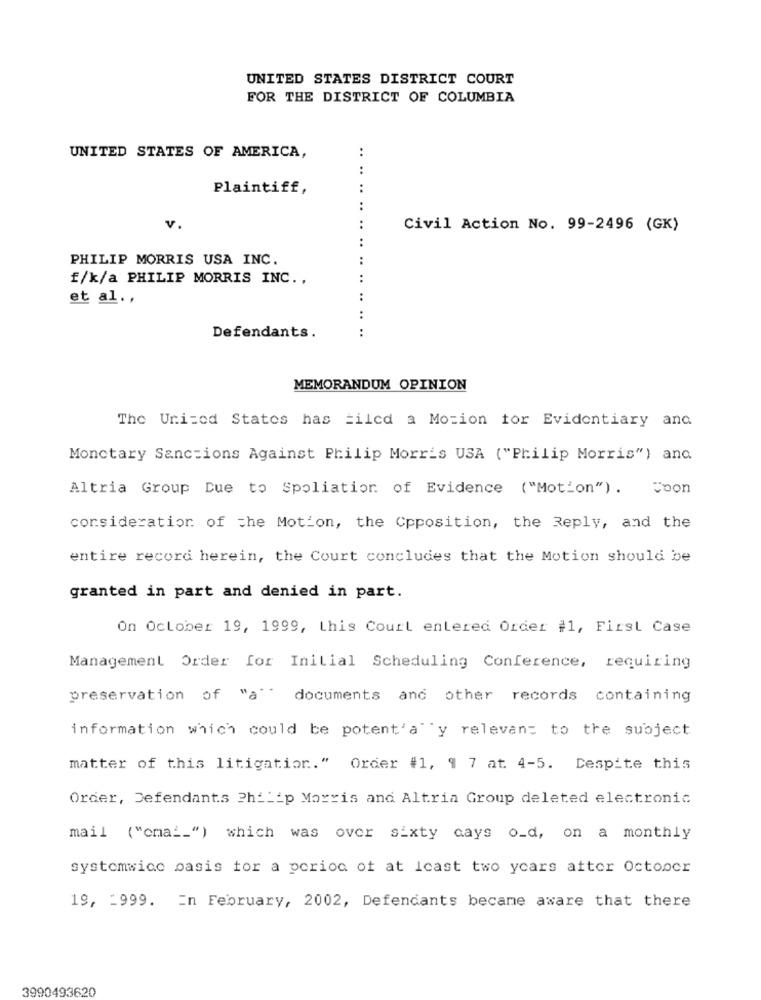
UNITED STATES DISTRICT COURT
FOR THE DISTRICT OF COLUMBIA
..
UNITED STATES OF AMERICA,
:
Plaintiff,
..
..
V.
Civil Action No. 99-2496 (GK)
PHILIP MORRIS USA INC.
f/k/a PHILIP MORRIS INC .,
et al .,
..
..
..
Defendants.
MEMORANDUM OPINION
The United States has tiled a Motion for Evidentiary and
Monetary Sanctions Against Philip Morris USA ("Philip Morris") and.
Altria Group Due to Spoliation of Evidence ("Motion"). Soon
consideration of the Motion, the Cpposition, the Reply, and the
entire record herein, the Court concludes that the Motion should be
granted in part and denied in part.
On October 19, 1999, this Court entered Order #1, First Case
Management Order for Initial Scheduling Conference, requiring
preservation of "a""
documents and other records containing
information which could be potent'a""y relevant to the subject
matter of this litigation." Order #1, 1 7 at. 4-5. Despite this
Order, Defendants Philip Morris and Altria Group deleted electronic
mail ("cma __ ") which was over sixty days o_d, on a monthly
systemwice basis for a period of at least two years after October
19, - 999. En February, 2002, Defendants became aware that there
3990493620